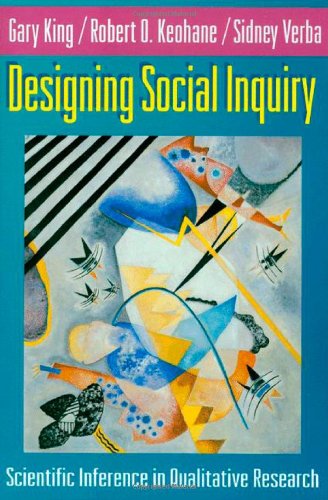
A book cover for Designing Social Inquiry: Scientific Inference in Qualitative Research; Gary King; Politics & Social Sciences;